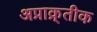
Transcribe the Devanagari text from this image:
अप्राक्र्तीक